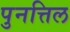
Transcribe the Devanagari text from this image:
पुनत्तिल